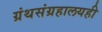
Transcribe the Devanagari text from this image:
ग्रंथसंग्रहालयही